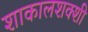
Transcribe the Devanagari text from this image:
शाकालशक्शी